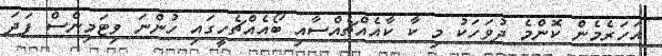
އަހަރެމެން ކޮންމެ ދުވަހަކު މި ކާ ކާއެއްޗެއްސާއި ބޯއެއްޗެހީގައި ހުންނަ ވިޓަމިންސް ފަދަ